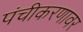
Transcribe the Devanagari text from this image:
पंचीकरणावर